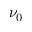
\nu _ { 0 }